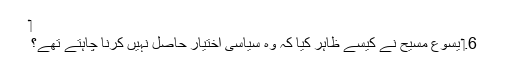
‏
6.‏ یسوع مسیح نے کیسے ظاہر کِیا کہ وہ سیاسی اِختیار حاصل نہیں کرنا چاہتے تھے؟